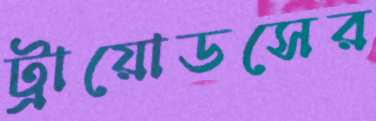
ট্রায়োডসের